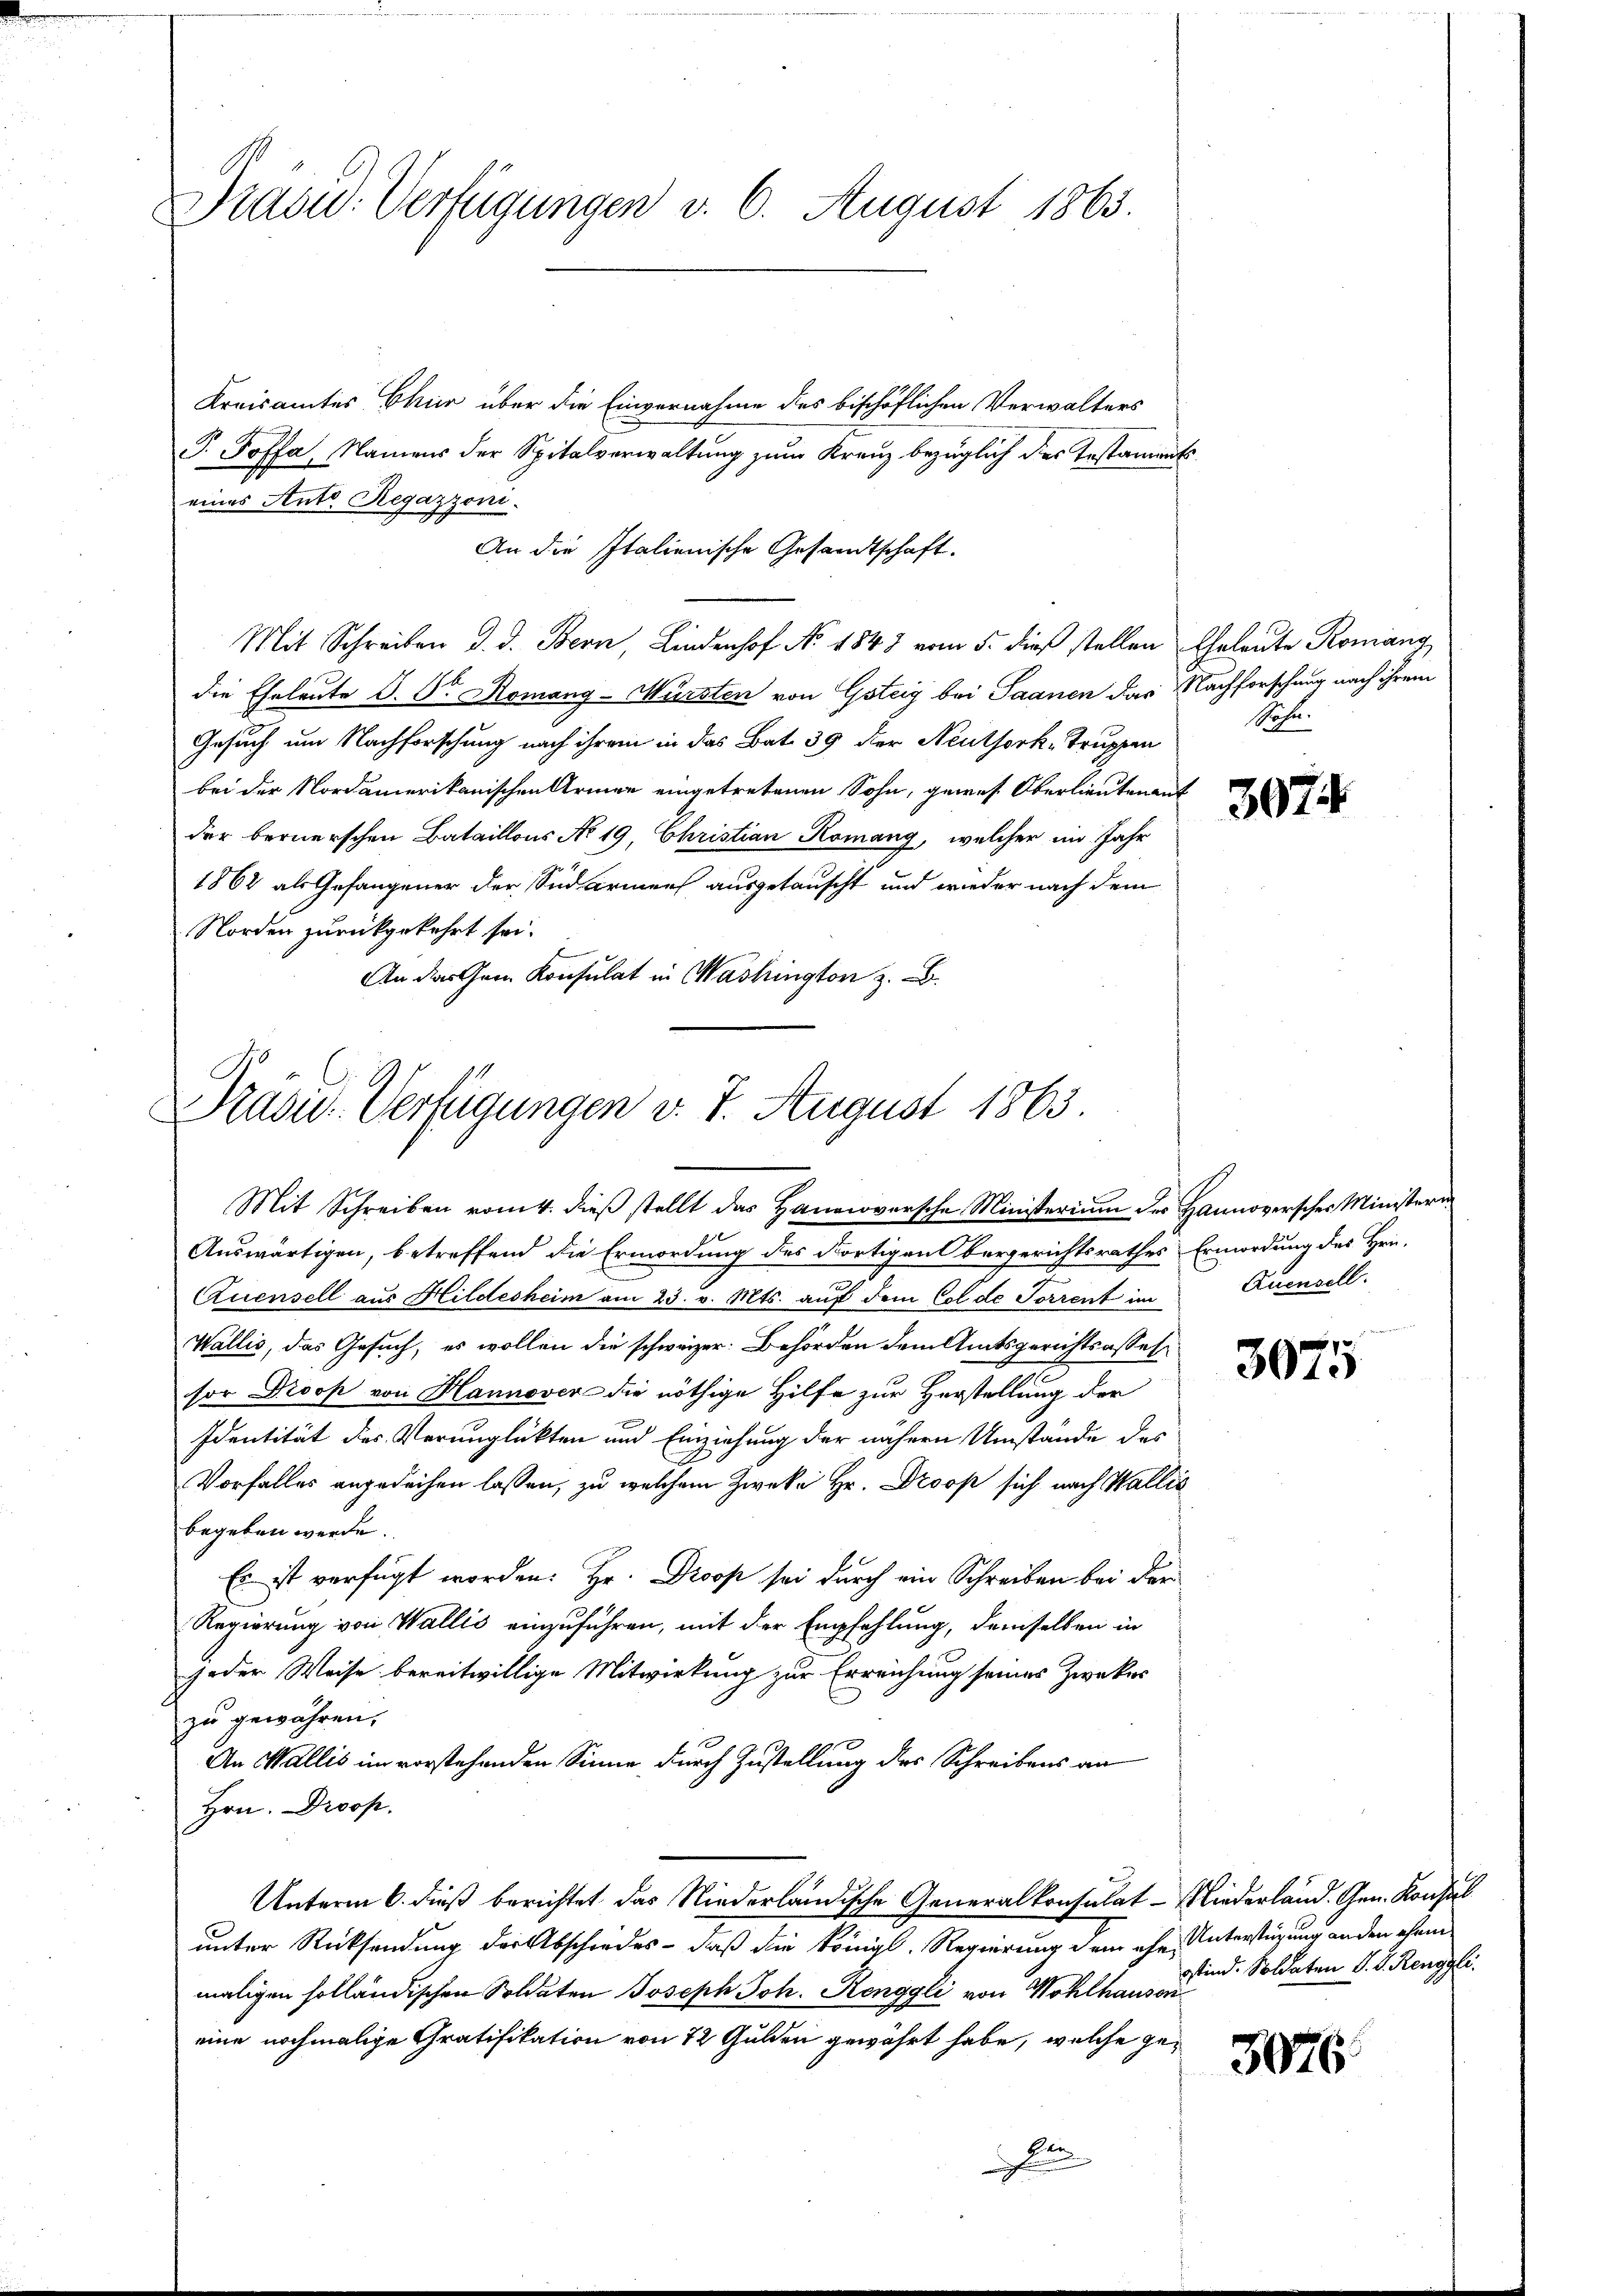
Dradw. Verfügungen v. 6. August 1865.

Kreisamtes Ekur über die Einvernahme des bischöflichen Verwalters
P. Poffa, Namens der Spitalverwaltung zum Kreuz bezüglich des Testamentseines Ante Regazzoni.
An die Italienische Gesandtschaft.
Mit Schreiben d. d. Bern, Lindenhof No 1843 vom 5. dieß stellen Eheleute Romang
die Eheleute D. Dr Romang-Würsten von Gsteig bei Saanen das Nachforschung nach ihrem
Gesuch um Nachforschung nach ihrem in das Bat. 39 der Neuthork-Truppen
bei der Nordamerikanischen Armen eingetretenen Sohn, gewes Oberlieutenant
der bernerschen Bataillons No 19, Christian Komang, welcher im Jahr
1862 als Gefangener der Südarmens ausgetauscht und wieder nach dem
Norden zurückgekehrt sei.
An der Gem. Konsulat in Washington z. B.

Präsid. Verfügungen d. 7. August 1863.
Mit Schreiben vom 4. dieβ stellt das Hannoversche Ministerium des Hannoverscher Ministern

Auswärtigen, betreffend die Ermordung des dortigen Obergerichtsrathes Ermordung des Hrn.
Quensell aus Hildesheim am 23. v. Mts. auf dem Col de Torrent im
Wallis, das Gesuch, es wollen die schweizer: Behörden dem Amtsgerichtsassel
sor Droop von Hannover die nöthige Hilfe zur Herstellung der
Identität des Verunglükten und Einziehung der nähern Umstände des
Vorfalles angedeihen lassen, zu welchem Zwecke Hr. Droop sich nach Wallis
begeben werde.
Es ist verfügt worden. Hr. Droos sei durch ein Schreiben bei der
Regierung von Wallis einzuführen, mit der Empfehlung, demselben in
jeder Weise bereitwillige Mitwirkung zur Erreichung seines Zweker
zu gewähren.
An Wallis im vorstehenden Sinne durch Zustellung des Schreibens an
Hrn. Droop.
Unterm 6. dieß berichtet das Niederländische Generalkonsulat Niederländ. Gen. Konsul
unter Rücksendung der Abschiedes - daß die Königl. Regierung dem ehe Unterstüzung an den ohnen
maligen holländischen Soldaten Joseph Joh. Henggli von Wohlhausen
eine nochmalige Gratifikation von 12 Gulden gewährt habe, welche gehun

Mohn.

3074

Auensell

3075

Stind. Soldaten V. D. Renggli

3076